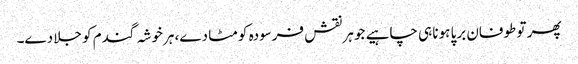
پھر تو طوفان برپا ہونا ہی چاہیے جو ہر نقش فرسودہ کو مٹا دے، ہرخوشہ گندم کو جلا دے۔